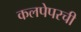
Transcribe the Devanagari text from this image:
कलपेपरची